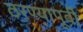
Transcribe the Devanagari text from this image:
ठरण्यापूर्वी